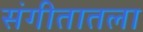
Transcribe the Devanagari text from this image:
संगीतातला